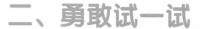
二、勇敢试一试